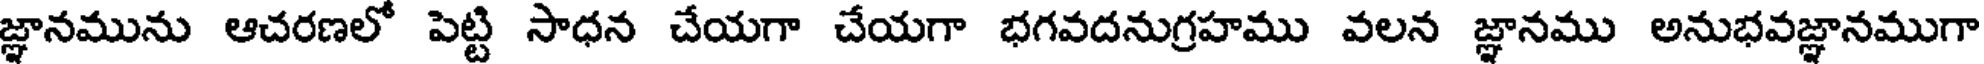
జ్ఞానమును ఆచరణలో పెట్టి సాధన చేయగా చేయగా భగవదనుగ్రహము వలన జ్ఞానము అనుభవజ్ఞానముగా